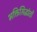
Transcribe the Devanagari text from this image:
भक्तिसिद्धांतों